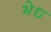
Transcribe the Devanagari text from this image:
भेध